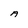
Character: A